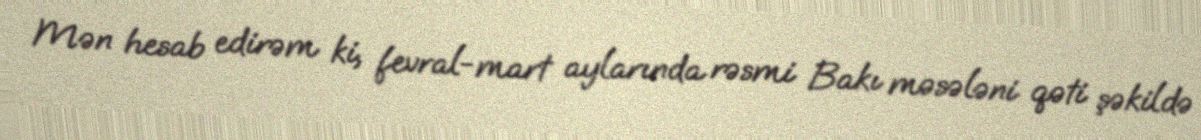
Mən hesab edirəm ki, fevral-mart aylarında rəsmi Bakı məsələni qəti şəkildə